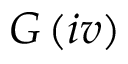
G \, ( i v )